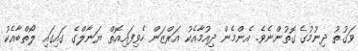
ވަގުތު ދިނުމުގެ ގޮތުންނެވެ. އެންމެން ދިއުމާއެކު އަރްޒަން ހެވިފައިއޮތް ޔަނާލްގެ ގައިގައި ލޯތްބާއެކު